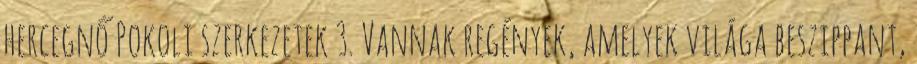
hercegnő Pokoli szerkezetek 3. Vannak regények, amelyek világa beszippant,